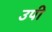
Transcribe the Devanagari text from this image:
उपी